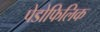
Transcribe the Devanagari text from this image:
पेडोफिलिक